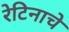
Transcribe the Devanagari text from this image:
रेटिनाचे